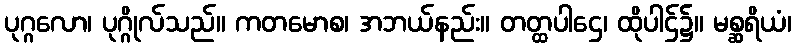
ပုဂ္ဂလော၊ ပုဂ္ဂိုလ်သည်။ ကတမောစ၊ အဘယ်နည်း။ တတ္ထပါဌေ၊ ထိုပါဌ်၌။ မစ္ဆရိယံ၊